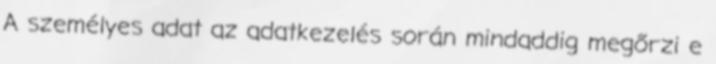
A személyes adat az adatkezelés során mindaddig megőrzi e